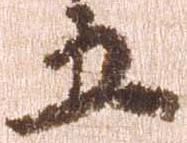
五